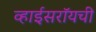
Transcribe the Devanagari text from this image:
व्हाईसरॉयची